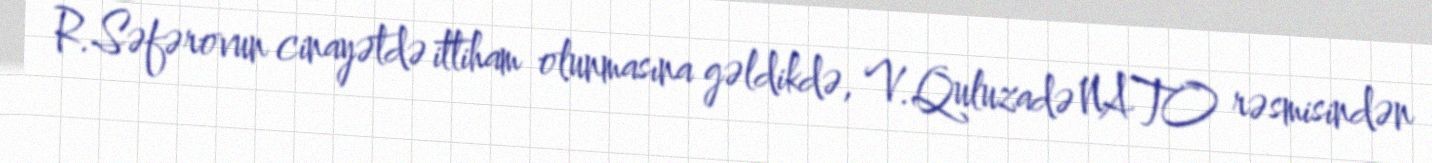
R.Səfərovun cinayətdə ittiham olunmasına gəldikdə, V.Quluzadə NATO rəsmisindən